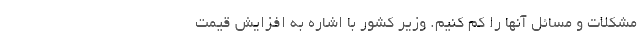
مشکلات و مسائل آنها را کم کنیم. وزیر کشور با اشاره به افزایش قیمت